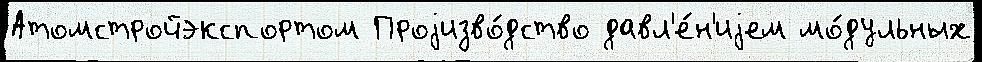
Атомстройэкспортом Проjизво́дство давл'е́н'иjем мо́дульных